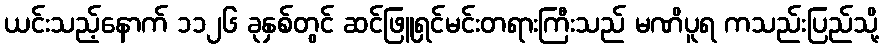
ယင်းသည့်နောက် ၁၁၂၆ ခုနှစ်တွင် ဆင်ဖြူရှင်မင်းတရားကြီးသည် မဏိပူရ ကသည်းပြည်သို့